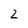
Character: 2